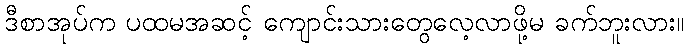
ဒီစာအုပ်က ပထမအဆင့် ကျောင်းသားတွေလေ့လာဖို့မ ခက်ဘူးလား။